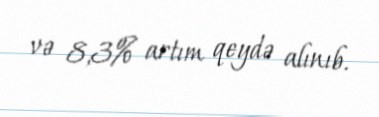
və 8,3% artım qeydə alınıb.